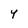
Character: Y